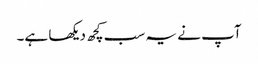
آپ نے یہ سب کچھ دیکھا ہے۔